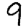
Digit: 9